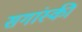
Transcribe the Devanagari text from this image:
सगांस्की